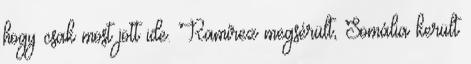
hogy csak most jött ide. Ramírez megsérült, Somália került